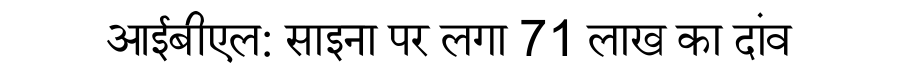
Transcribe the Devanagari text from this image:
आईबीएल: साइना पर लगा 71 लाख का दांव